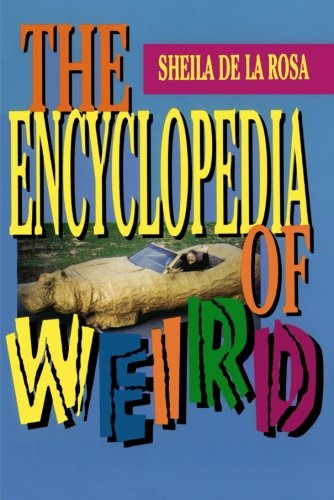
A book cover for The Encyclopedia of Weird; Sheila De La Rosa; Reference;